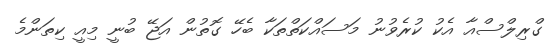
ގްރިލްސްއާ އެކު ކުރެވުނު މަސައްކަތްތަކާ ބެހޭ ގޮތުން އަޖޭ ބުނީ މިއީ ކިތަންމެ